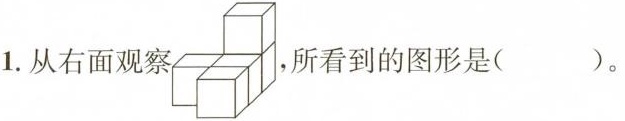
1.从右面观察 ，所看到的图形是( )。